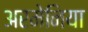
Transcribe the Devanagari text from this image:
अरमेनिया